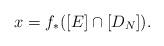
LaTeX: \begin{align*}x=f_*([E]\cap[D_N]).\end{align*}